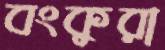
বংকুরা